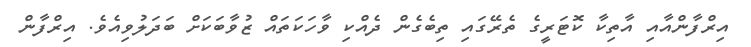
އިރްފާންއާއި އާތިކާ ކޮޓަރީގެ ތެރޭގައި ތިބެގެން ދެއްކި ވާހަކަތައް ޒުވާބަކަށް ބަދަލުވިއެވެ. އިރްފާން